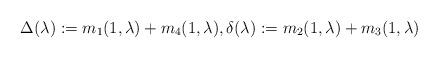
LaTeX: \begin{align*}\Delta(\lambda):=m_1(1,\lambda)+m_4(1,\lambda),\delta(\lambda):=m_2(1,\lambda)+m_3(1,\lambda)\end{align*}